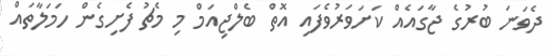
ދެވަނަ ބުރުގެ ޖާގައެއް ކަށަވަރުވެފައި އޮތް ބެލްޖިއަމް މި މެޗު ފެށިގެން ހަމަލާތައް